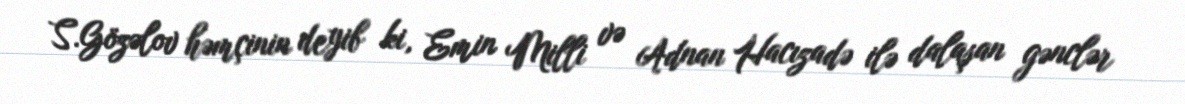
S.Gözəlov həmçinin deyib ki, Emin Milli və Adnan Hacızadə ilə dalaşan gənclər